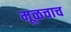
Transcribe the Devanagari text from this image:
मूळचाच